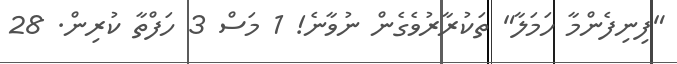
"ފިނިފެންމާ ހަމަލާ" ތަކުރާރުވެގެން ނުވާނެ! 1 މަސް 3 ހަފްތާ ކުރިން. 28